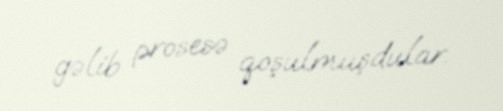
gəlib prosesə qoşulmuşdular.